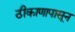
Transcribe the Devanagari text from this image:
ठीकाणापासून